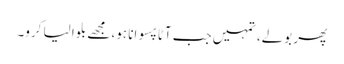
پھر بولے،تمہیں جب آٹا پسوانا ہو، مجھے بلوا لیا کرو۔